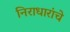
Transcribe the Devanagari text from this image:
निराधारांचे